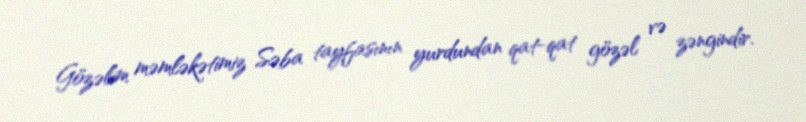
Gözəlim məmləkətimiz Səba tayfasının yurdundan qat-qat gözəl və zəngindir.